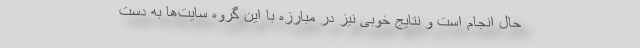
حال انجام است و نتایج خوبی نیز در مبارزه با این گروه سایت‌ها به دست